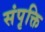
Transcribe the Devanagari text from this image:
संपृक्ति